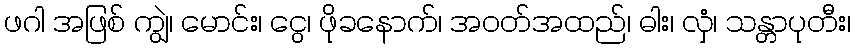
ဖဂါ အဖြစ် ကျွဲ၊ မောင်း၊ ငွေ၊ ဖိုခနောက်၊ အဝတ်အထည်၊ ဓါး၊ လှံ၊ သန္တာပုတီး၊